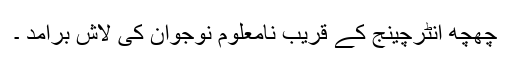
چھچھ انٹرچینج کے قریب نامعلوم نوجوان کی لاش برآمد ۔